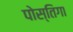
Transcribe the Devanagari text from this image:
पोस्तिगा